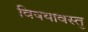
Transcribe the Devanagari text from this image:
विषयावस्तु